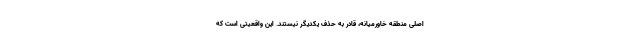
اصلی منطقه خاورمیانه، قادر به حذف یکدیگر نیستند. این واقعیتی است که